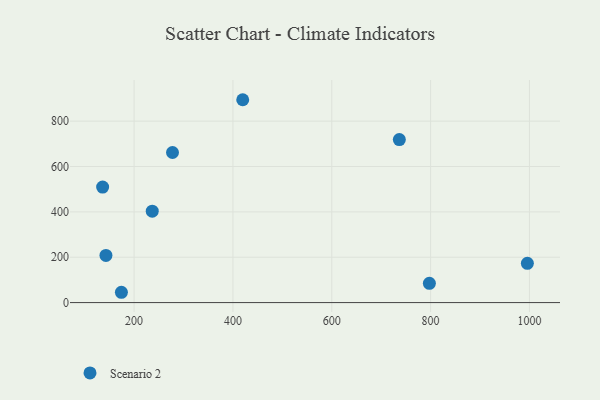
{"axis": {"x": "Investment", "y": "Demand"}, "legend": ["Scenario 2"], "data": [{"x": "143.0", "y": 207.8, "type": "Scenario 2"}, {"x": "277.7", "y": 661.9, "type": "Scenario 2"}, {"x": "236.7", "y": 403.2, "type": "Scenario 2"}, {"x": "136.3", "y": 509.2, "type": "Scenario 2"}, {"x": "797.5", "y": 84.8, "type": "Scenario 2"}, {"x": "736.7", "y": 718.6, "type": "Scenario 2"}, {"x": "174.3", "y": 45.5, "type": "Scenario 2"}, {"x": "995.8", "y": 173.0, "type": "Scenario 2"}, {"x": "419.8", "y": 894.5, "type": "Scenario 2"}]}